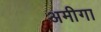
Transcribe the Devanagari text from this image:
अमीगा